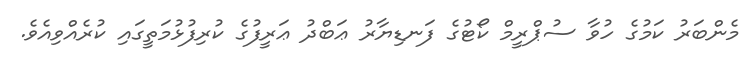
މެންބަރު ކަމުގެ ހުވާ ސުޕްރީމް ކޯޓުގެ ފަނޑިޔާރު ޢަބްދު ޢަރީފުގެ ކުރިފުޅުމަތީގައި ކުރެއްވިއެވެ.